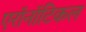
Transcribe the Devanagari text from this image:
एरॉनॉटिकल